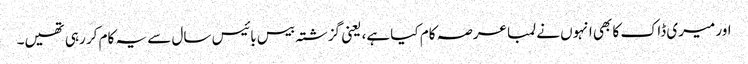
اور میری ڈاک کا بھی انہوں نے لمبا عرصہ کام کیا ہے، یعنی گزشتہ بیس بائیس سال سے یہ کام کر رہی تھیں۔